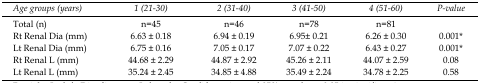
<table><thead><tr><td><b><i>Age groups (years)</i></b></td><td><b><i>1 (21-30)</i></b></td><td><b><i>2 (31-40)</i></b></td><td><b><i>3 (41-50)</i></b></td><td><b><i>4 (51-60)</i></b></td><td><b><i>P-value</i></b></td></tr></thead><tbody><tr><td>Total (n)</td><td>n=45</td><td>n=46</td><td>n=78</td><td>n=81</td></tr><tr><td>Rt Renal Dia(mm)</td><td>6.63 ± 0.18</td><td>6.94 ± 0.19</td><td>6.95± 0.21</td><td>6.26 ± 0.30</td><td>0.001*</td></tr><tr><td>Lt Renal Dia(mm)</td><td>6.75 ± 0.16</td><td>7.05 ± 0.17</td><td>7.07 ± 0.22</td><td>6.43 ± 0.27</td><td>0.001*</td></tr><tr><td>Rt Renal L(mm)</td><td>44.68 ± 2.29</td><td>44.87 ± 2.92</td><td>45.26 ± 2.11</td><td>44.07 ± 2.59</td><td>0.08</td></tr><tr><td>Lt Renal L(mm)</td><td>35.24 ± 2.45</td><td>34.85 ± 4.88</td><td>35.49 ± 2.24</td><td>34.78 ± 2.25</td><td>0.58</td></tr></tbody></table>